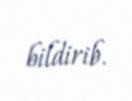
bildirib.